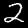
Label: 2